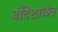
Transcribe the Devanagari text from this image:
बंदिशाळेत